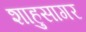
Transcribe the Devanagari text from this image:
शाहुसागर